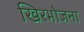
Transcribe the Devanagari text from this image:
खिरभोजना